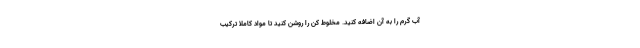
آب گرم را به آن اضافه کنید. مخلوط کن را روشن کنید تا مواد کاملا ترکیب